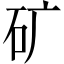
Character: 矿